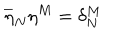
LaTeX: \overline { { { \eta } } } _ { N } \eta ^ { M } = \delta _ { N } ^ { M }